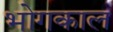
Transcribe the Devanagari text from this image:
भोगकाल